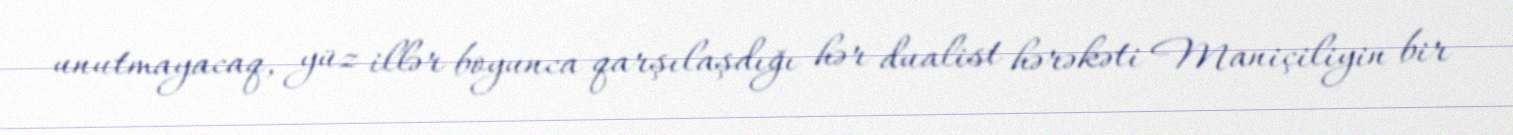
unutmayacaq, yüz illər boyunca qarşılaşdığı hər dualist hərəkəti Maniçiliyin bir